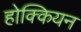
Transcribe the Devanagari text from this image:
होक्कियन